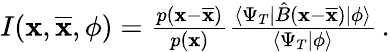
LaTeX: \begin{array}{r}{I(\textbf{x},\overline{{\textbf{x}}},\phi)=\frac{p(\textbf{x}-\overline{{\textbf{x}}})}{p(\textbf{x})}\frac{\langle\Psi_{T}|\hat{B}(\textbf{x}-\overline{{\textbf{x}}})|\phi\rangle}{\langle\Psi_{T}|\phi\rangle}\, .}\end{array}